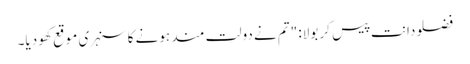
فضلو دانت پیس کر بولا: "تم نے دولت مند ہونے کا سنہری موقع کھو دیا۔